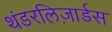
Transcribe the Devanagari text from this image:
थंडरलिज़ार्डस